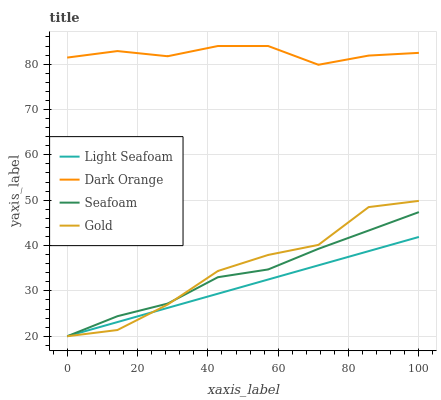
| xaxis_label | Light Seafoam | Dark Orange | Seafoam | Gold |
 | --- | --- | --- | --- | --- |
 | 0 | 20 | 81.4 | 20 | 20 |
 | 14.3 | 23.1 | 82.9 | 24.4 | 21.4 |
 | 28.6 | 26.3 | 81.7 | 27.2 | 27 |
 | 42.9 | 29.4 | 84 | 33 | 34.4 |
 | 57.1 | 32.5 | 84 | 34.7 | 37.9 |
 | 71.4 | 35.6 | 79.9 | 39.3 | 40.1 |
 | 85.7 | 38.8 | 81.9 | 43.3 | 48.5 |
 | 100 | 41.9 | 82.5 | 47.4 | 49.9 |